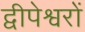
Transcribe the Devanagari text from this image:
द्वीपेश्वरों